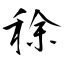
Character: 稌